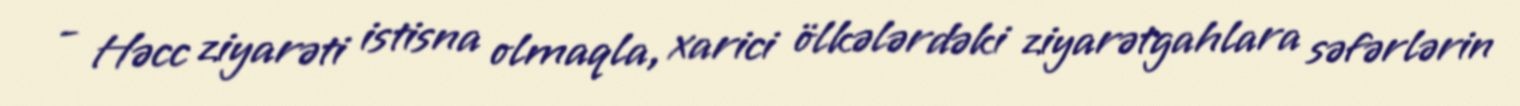
- Həcc ziyarəti istisna olmaqla, xarici ölkələrdəki ziyarətgahlara səfərlərin